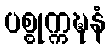
ပစ္စုက္ကဍ္ဎနံ